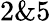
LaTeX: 2\& 5